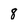
Character: 8